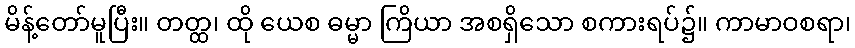
မိန့်တော်မူပြီး။ တတ္ထ၊ ထို ယေစ ဓမ္မာ ကြိယာ အစရှိသော စကားရပ်၌။ ကာမာဝစရာ၊